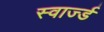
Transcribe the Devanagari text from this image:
स्वार्ज्ड